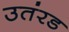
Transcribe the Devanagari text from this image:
उतंरड